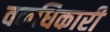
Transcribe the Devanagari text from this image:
वनधिकारी